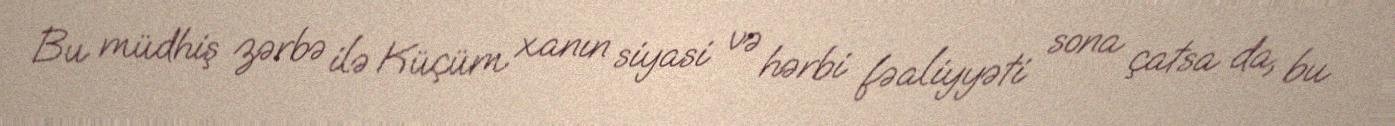
Bu müdhiş zərbə ilə Küçüm xanın siyasi və hərbi fəaliyyəti sona çatsa da, bu